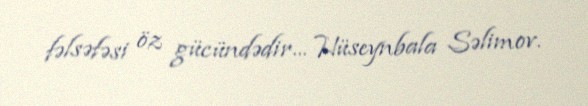
fəlsəfəsi öz gücündədir... Hüseynbala Səlimov.